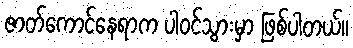
ဇာတ်ကောင်နေရာက ပါဝင်သွားမှာ ဖြစ်ပါတယ်။